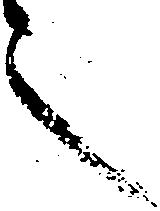
之